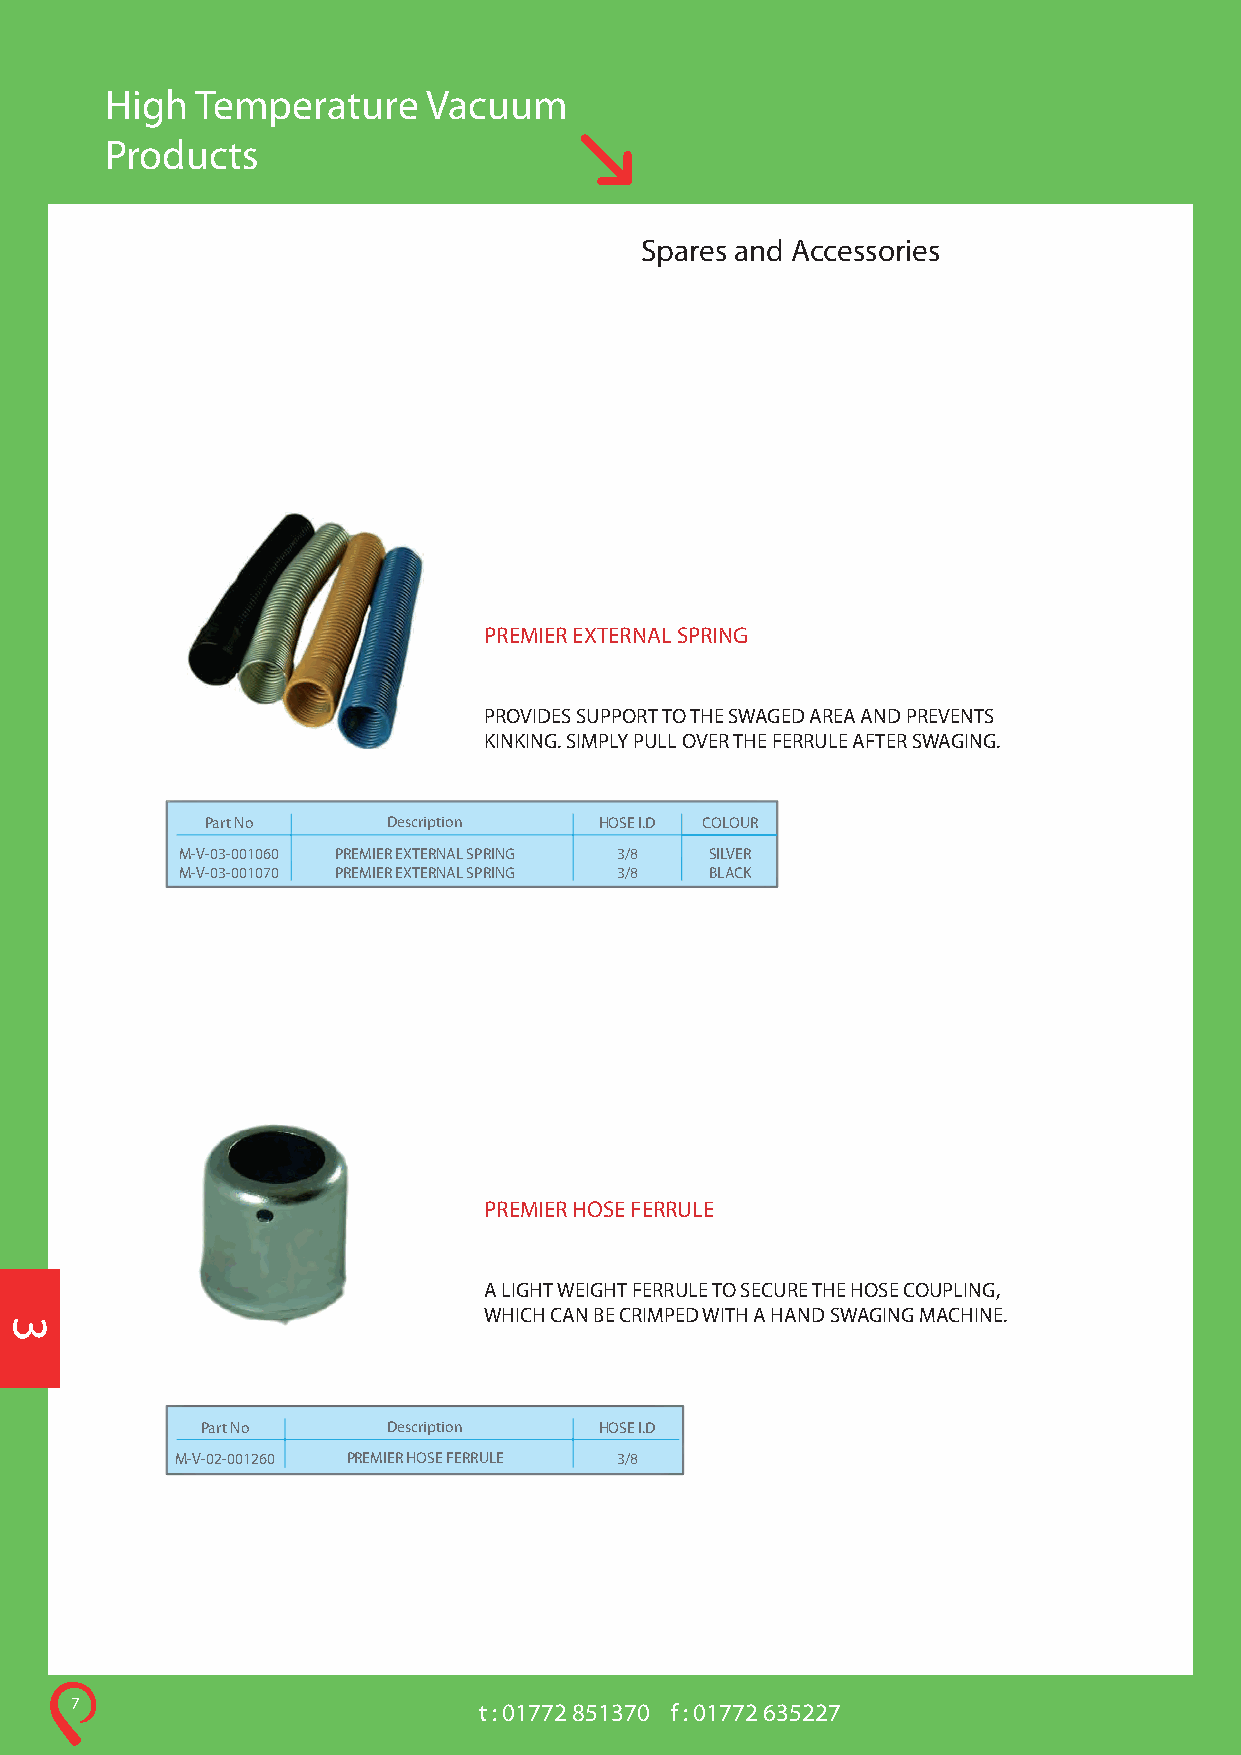
High  Temperature    Vacuum
 Products
 Spares and Accessories
 PREMIER EXTERNAL SPRING
 PROVIDES SUPPORT TO THE SWAGED AREA AND PREVENTS
 KINKING. SIMPLY PULL OVER THE FERRULE AFTER SWAGING.
 Part No     Description   HOSE I.D COLOUR
 M-V-03-001060 PREMIER EXTERNAL SPRING 3/8 SILVER
 M-V-03-001070 PREMIER EXTERNAL SPRING 3/8 BLACK
 PREMIER HOSE FERRULE
 A LIGHT WEIGHT FERRULE TO SECURE THE HOSE COUPLING,
 WHICH CAN BE CRIMPED WITH A HAND SWAGING MACHINE.
 Part No      Description   HOSE I.D
 M-V-02-001260 PREMIER HOSE FERRULE 3/8
 7                          t : 01772 851370 f : 01772 635227
 3